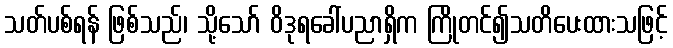
သတ်ပစ်ရန် ဖြစ်သည်၊ သို့သော် ဝိဒုရခေါ်ပညာရှိက ကြိုတင်၍သတိပေးထားသဖြင့်